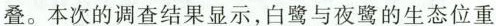
叠。本次的调查结果显示，白鹭与夜鹭的生态位重